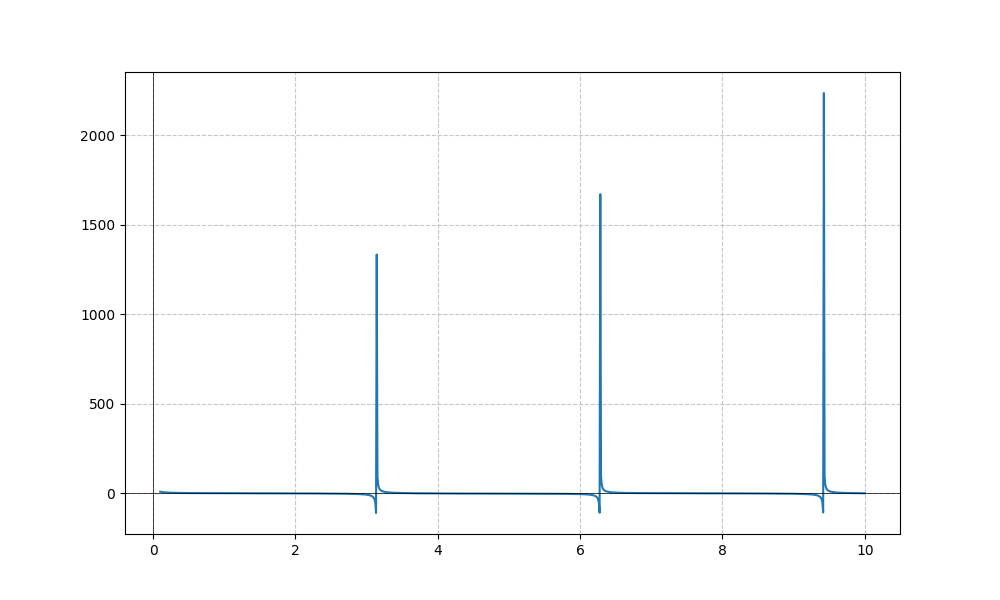
LaTeX formula: \sin{\left(x \right)} + \cot{\left(x \right)}